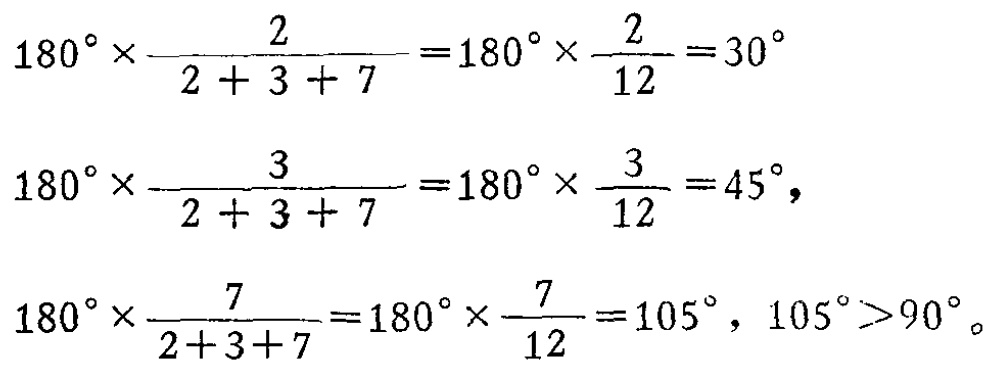
\[
\begin{align*}
180^{\circ}\times\frac{2}{2 + 3 + 7}&=180^{\circ}\times\frac{2}{12}=30^{\circ}\\
180^{\circ}\times\frac{3}{2 + 3 + 7}&=180^{\circ}\times\frac{3}{12}=45^{\circ},\\
180^{\circ}\times\frac{7}{2 + 3 + 7}&=180^{\circ}\times\frac{7}{12}=105^{\circ},105^{\circ}>90^{\circ}。
\end{align*}
\]